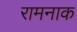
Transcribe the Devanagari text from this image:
रामनाक